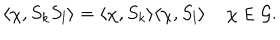
\langle \chi , S _ { k } S _ { l } \rangle = \langle \chi , S _ { k } \rangle \langle \chi , S _ { l } \rangle \; \chi \in { \mathcal G } .